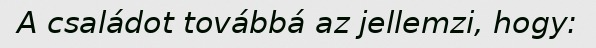
A családot továbbá az jellemzi, hogy: